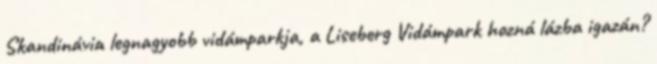
Skandinávia legnagyobb vidámparkja, a Liseberg Vidámpark hozná lázba igazán?